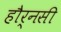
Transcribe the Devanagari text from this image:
हौर्नसी